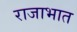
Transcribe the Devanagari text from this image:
राजाभात